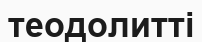
теодолитті